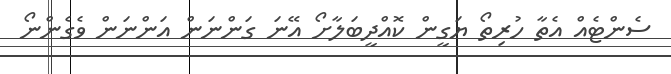
ސެންޓެއް އެތާ ހުރިތޯ ޔަގީން ކޮއްދީބަލާށޯ އޭނަ ގަންނަން އަންނަން ވެގެންނޯ